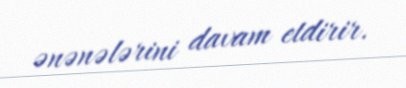
ənənələrini davam etdirir.